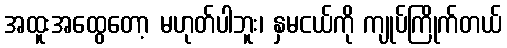
အထူးအထွေတော့ မဟုတ်ပါဘူး၊ နှမငယ်ကို ကျုပ်ကြိုက်တယ်